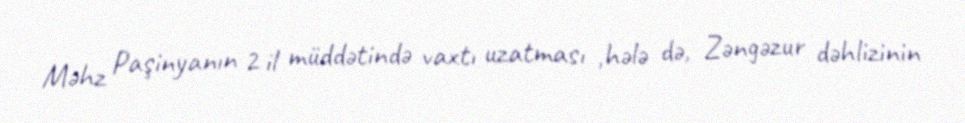
Məhz Paşinyanın 2 il müddətində vaxtı uzatması ,hələ də, Zəngəzur dəhlizinin